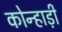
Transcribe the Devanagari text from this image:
कोन्हाड़ी